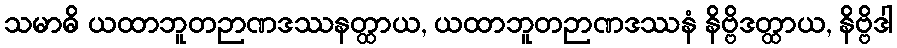
သမာဓိ ယထာဘူတဉာဏဒဿနတ္ထာယ, ယထာဘူတဉာဏဒဿနံ နိဗ္ဗိဒတ္ထာယ, နိဗ္ဗိဒါ